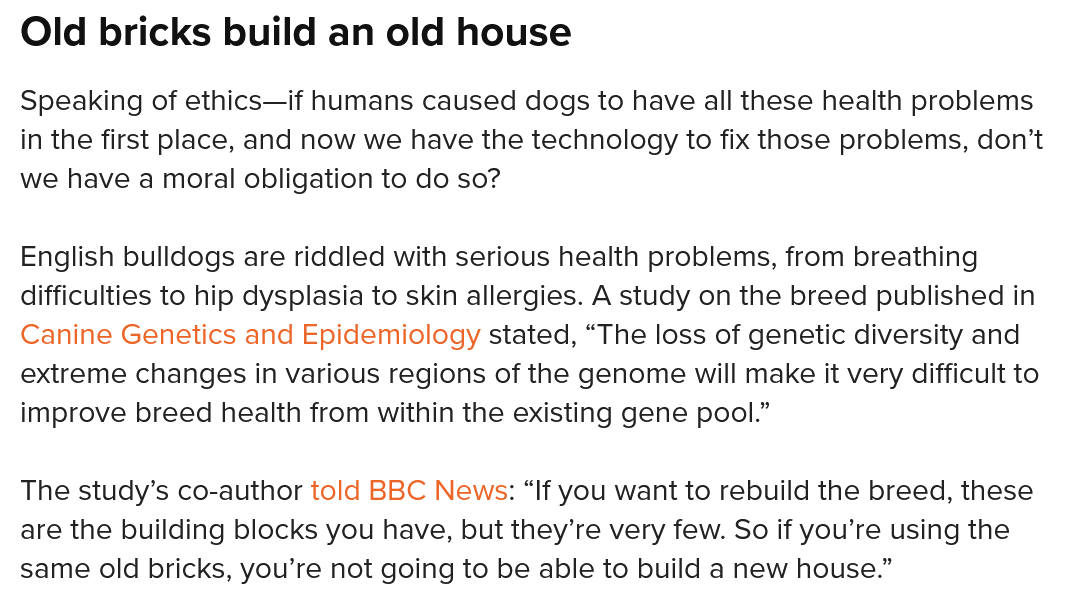
Old  bricks   build  an  old  house
  Speaking of ethics—if humans caused dogs to have all these health problems
  in the first place, and now we have the technology to fix those problems, don’t
  we have a moral obligation to do so?
  English bulldogs are riddled with serious health problems, from breathing
  difficulties to hip dysplasia to skin allergies. A study on the breed published in
  Canine Genetics and Epidemiology stated, “The loss of genetic diversity and
  extreme changes in various regions of the genome will make it very difficult to
  improve breed health from within the existing gene pool.”
  The study’s co-author told BBC News: “If you want to rebuild the breed, thes:
  are the building blocks you have, but they’re very few. So if you’re using the
  same old bricks, you’re not going to be able to build a new house.”